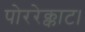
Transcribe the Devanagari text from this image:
पोररेक्काट।